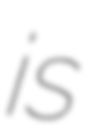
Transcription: is